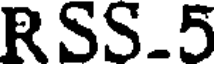
RSS.5